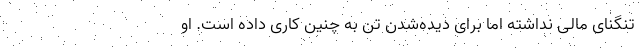
تنگنای مالی نداشته اما برای دیده‌شدن تن به چنین کاری داده است. او